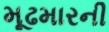
મૂઢમારની